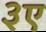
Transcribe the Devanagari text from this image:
३ए